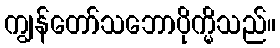
ကျွန်တော်သဘောပိုက္မိသည်။